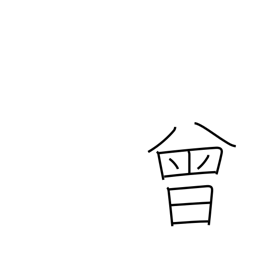
Meaning: once